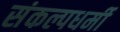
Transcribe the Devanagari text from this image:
संकल्पधर्मी